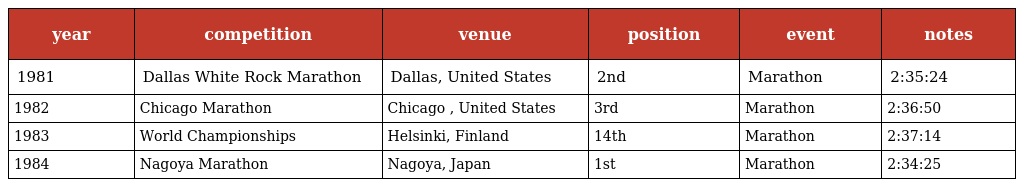
| year | competition | venue | position | event | notes |
 | --- | --- | --- | --- | --- | --- |
 | 1981 | Dallas White Rock Marathon | Dallas, United States | 2nd | Marathon | 2:35:24 |
 | 1982 | Chicago Marathon | Chicago , United States | 3rd | Marathon | 2:36:50 |
 | 1983 | World Championships | Helsinki, Finland | 14th | Marathon | 2:37:14 |
 | 1984 | Nagoya Marathon | Nagoya, Japan | 1st | Marathon | 2:34:25 |